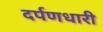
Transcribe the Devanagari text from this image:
दर्पणधारी